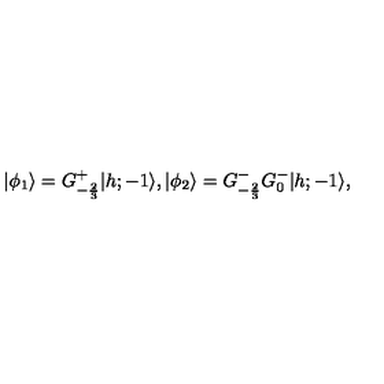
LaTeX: \vert \phi _ { 1 } \rangle = G _ { - { \frac { 2 } { 3 } } } ^ { + } \vert { h ; - 1 } \rangle { } , { } { } { } \vert \phi _ { 2 } \rangle = G _ { - { \frac { 2 } { 3 } } } ^ { - } G _ { 0 } ^ { - } \vert { h ; - 1 } \rangle { } ,